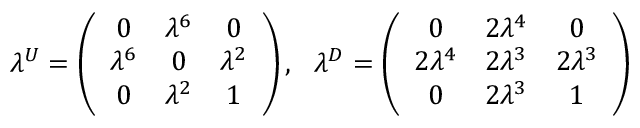
\lambda ^ { U } = \left( \begin{array} { c c c } { { 0 } } & { { \lambda ^ { 6 } } } & { { 0 } } \\ { { \lambda ^ { 6 } } } & { { 0 } } & { { \lambda ^ { 2 } } } \\ { { 0 } } & { { \lambda ^ { 2 } } } & { { 1 } } \end{array} \right) , \ \ \lambda ^ { D } = \left( \begin{array} { c c c } { { 0 } } & { { 2 \lambda ^ { 4 } } } & { { 0 } } \\ { { 2 \lambda ^ { 4 } } } & { { 2 \lambda ^ { 3 } } } & { { 2 \lambda ^ { 3 } } } \\ { { 0 } } & { { 2 \lambda ^ { 3 } } } & { { 1 } } \end{array} \right)